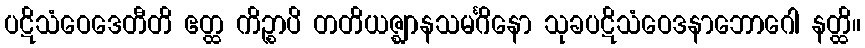
ပဋိသံဝေဒေတီတိ ဧတ္ထ ကိဉ္စာပိ တတိယဇ္ဈာနသမင်္ဂိနော သုခပဋိသံဝေဒနာဘောဂေါ နတ္ထိ။